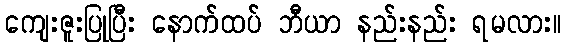
ကျေးဇူးပြုပြီး နောက်ထပ် ဘီယာ နည်းနည်း ရမလား။